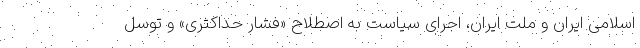
اسلامی ایران و ملت ایران، اجرای سیاست به اصطلاح «فشار حداکثری» و توسل